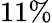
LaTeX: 11\%